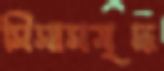
সিসাসমৃদ্ধ